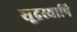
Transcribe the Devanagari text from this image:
शूद्रस्यापि